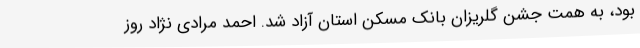
بود، به همت جشن گلریزان بانک مسکن استان آزاد شد. احمد مرادی نژاد روز